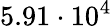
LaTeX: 5.91\cdot 10^{4}